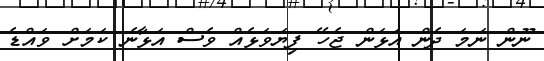
ނޫން ނަމަ ދެން އަޅަން ޖެހޭ ފިޔަވަޅެއް ވެސް އަޅާނެ ކަމަށް ވައްޑެ